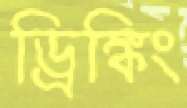
ড্রিঙ্কিং